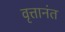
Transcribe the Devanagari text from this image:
वृत्तानंत